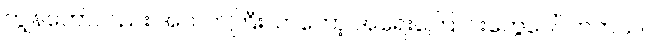
ကျွန်တော်လည်း အသက်ကြီးလာတော့ အရေးကြောင်းတွေပေါ်လာတယ်။